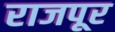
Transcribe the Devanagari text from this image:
राजपूर